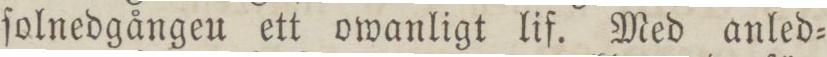
ſolnedgångeu ett owanligt lif. Med anled=